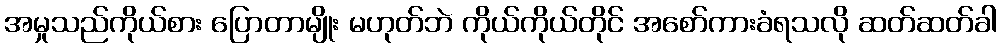
အမှုသည်ကိုယ်စား ပြောတာမျိုး မဟုတ်ဘဲ ကိုယ်ကိုယ်တိုင် အစော်ကားခံရသလို ဆတ်ဆတ်ခါ